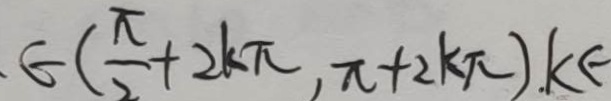
\epsilon ( \frac { \pi } { 2 } + 2 k \pi , \pi + 2 k \pi ) . k \epsilon